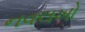
નવલખો